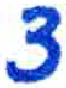
אות: צ